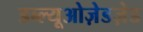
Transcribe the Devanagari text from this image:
डब्ल्यूओज़ेडज़ेड